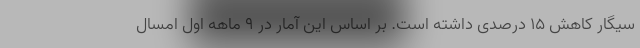
سیگار کاهش ۱۵ درصدی داشته است. بر اساس این آمار در ۹ ماهه اول امسال